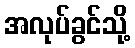
အလုပ်ခွင်သို့